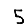
Digit: 5